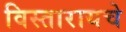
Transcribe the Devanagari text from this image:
विस्तारायचे